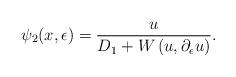
LaTeX: \begin{align*}\psi_2 (x,\epsilon)=\frac{u}{D_1 + W\left(u,\partial_\epsilon u\right)}.\end{align*}